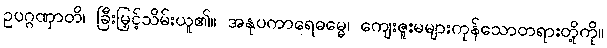
ဥပဂ္ဂဏှာတိ၊ ခြီးမြှင့်သိမ်းယူ၏။ အနုပကာရေဓမ္မေ၊ ကျေးဇူးမများကုန်သောတရားတို့ကို။